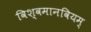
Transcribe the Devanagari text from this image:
विश्वमानवियम्